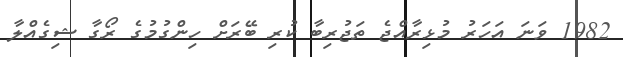
1982 ވަނަ އަހަރު މުޅިރާއްޖެ ތަޖުރިބާ ކުރި ބޭރަށް ހިންގުމުގެ ރޯގާ ޝިގެއްލާ